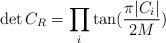
LaTeX: \begin{align*}\det{C_R}= \prod_i \tan(\frac{\pi|C_i|}{2M}) \end{align*}